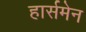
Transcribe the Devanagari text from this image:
हार्समेन